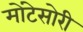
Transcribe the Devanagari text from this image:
मोंटेसोरी